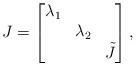
LaTeX: \begin{align*}J = \begin{bmatrix}\lambda_1 \\& \lambda_2 \\& & \tilde{J}\end{bmatrix},\end{align*}